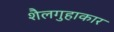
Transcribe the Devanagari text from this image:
शैलगुहाकार